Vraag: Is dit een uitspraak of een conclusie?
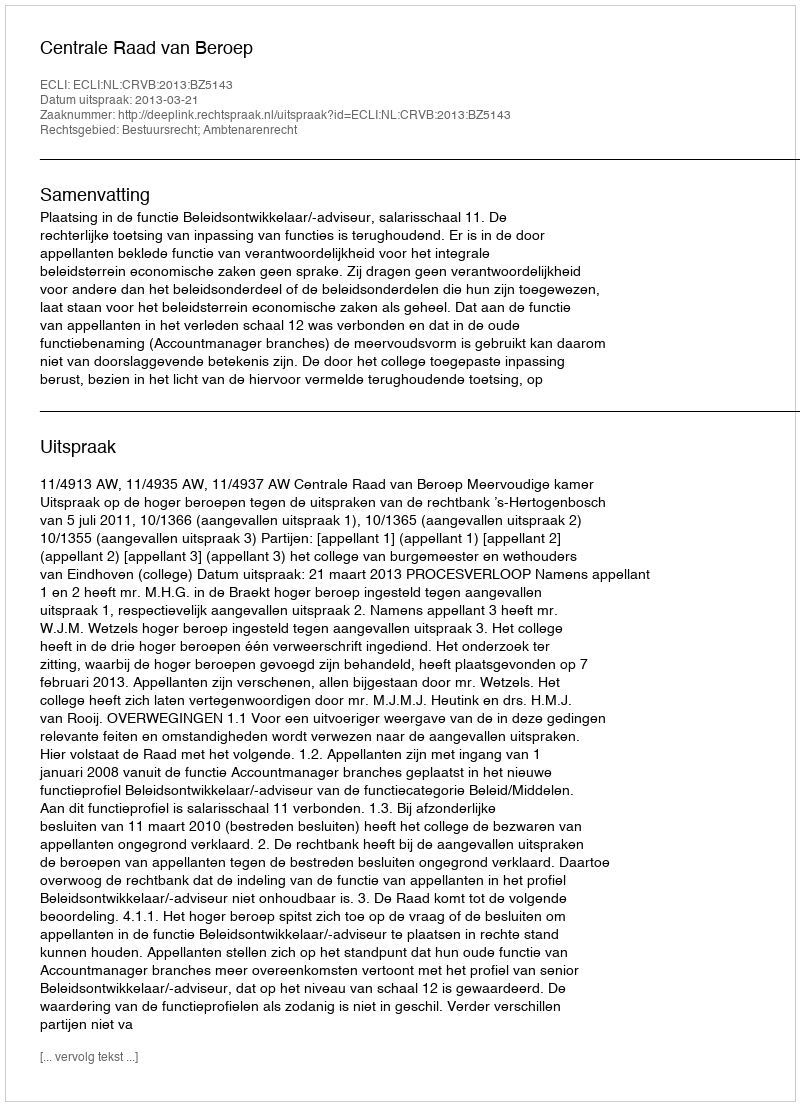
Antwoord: Uitspraak